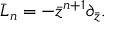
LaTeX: \bar { L } _ { n } = - \bar { z } ^ { n + 1 } \partial _ { \bar { z } } .